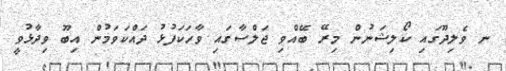
ނ ވެލިދޫގައި ކޯލިޝަނުން މިރޭ ބޭއްވި ޖަލްސާގައި ވާހަކަފުޅު ދައްކަވަމުން އިބޫ ވިދާޅުވީ